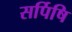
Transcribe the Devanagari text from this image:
सर्पिषि